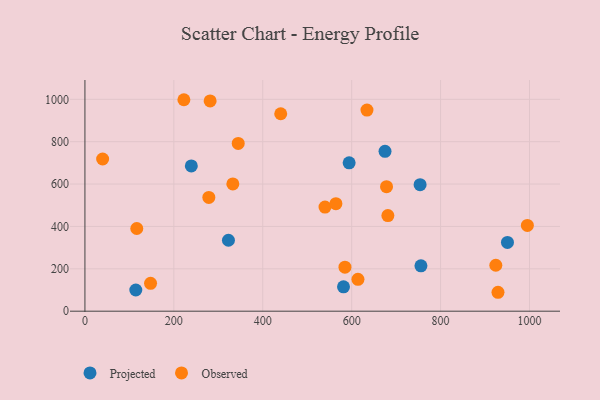
{"axis": {"x": "Distance", "y": "Salary"}, "legend": ["Observed", "Projected"], "data": [{"x": "753.9", "y": 596.9, "type": "Projected"}, {"x": "950.4", "y": 324.6, "type": "Projected"}, {"x": "322.8", "y": 334.8, "type": "Projected"}, {"x": "755.8", "y": 214.1, "type": "Projected"}, {"x": "581.6", "y": 115.2, "type": "Projected"}, {"x": "114.4", "y": 100.1, "type": "Projected"}, {"x": "594.3", "y": 700.1, "type": "Projected"}, {"x": "675.0", "y": 754.7, "type": "Projected"}, {"x": "239.3", "y": 685.5, "type": "Projected"}, {"x": "614.1", "y": 150.6, "type": "Observed"}, {"x": "147.6", "y": 131.6, "type": "Observed"}, {"x": "39.8", "y": 718.2, "type": "Observed"}, {"x": "440.4", "y": 931.7, "type": "Observed"}, {"x": "281.6", "y": 992.2, "type": "Observed"}, {"x": "116.6", "y": 390.3, "type": "Observed"}, {"x": "584.9", "y": 207.6, "type": "Observed"}, {"x": "995.2", "y": 404.9, "type": "Observed"}, {"x": "278.7", "y": 536.7, "type": "Observed"}, {"x": "540.0", "y": 491.2, "type": "Observed"}, {"x": "332.7", "y": 600.5, "type": "Observed"}, {"x": "344.8", "y": 791.6, "type": "Observed"}, {"x": "924.2", "y": 216.8, "type": "Observed"}, {"x": "222.6", "y": 998.0, "type": "Observed"}, {"x": "678.4", "y": 587.5, "type": "Observed"}, {"x": "929.1", "y": 89.3, "type": "Observed"}, {"x": "564.5", "y": 507.6, "type": "Observed"}, {"x": "681.4", "y": 451.3, "type": "Observed"}, {"x": "634.4", "y": 949.1, "type": "Observed"}]}